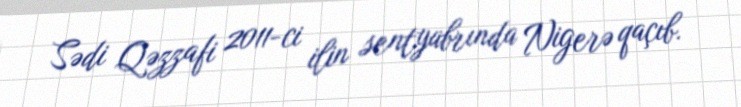
Sədi Qəzzafi 2011-ci ilin sentyabrında Nigerə qaçıb.